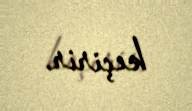
keçirir.